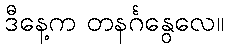
ဒီနေ့က တနင်္ဂနွေလေ။